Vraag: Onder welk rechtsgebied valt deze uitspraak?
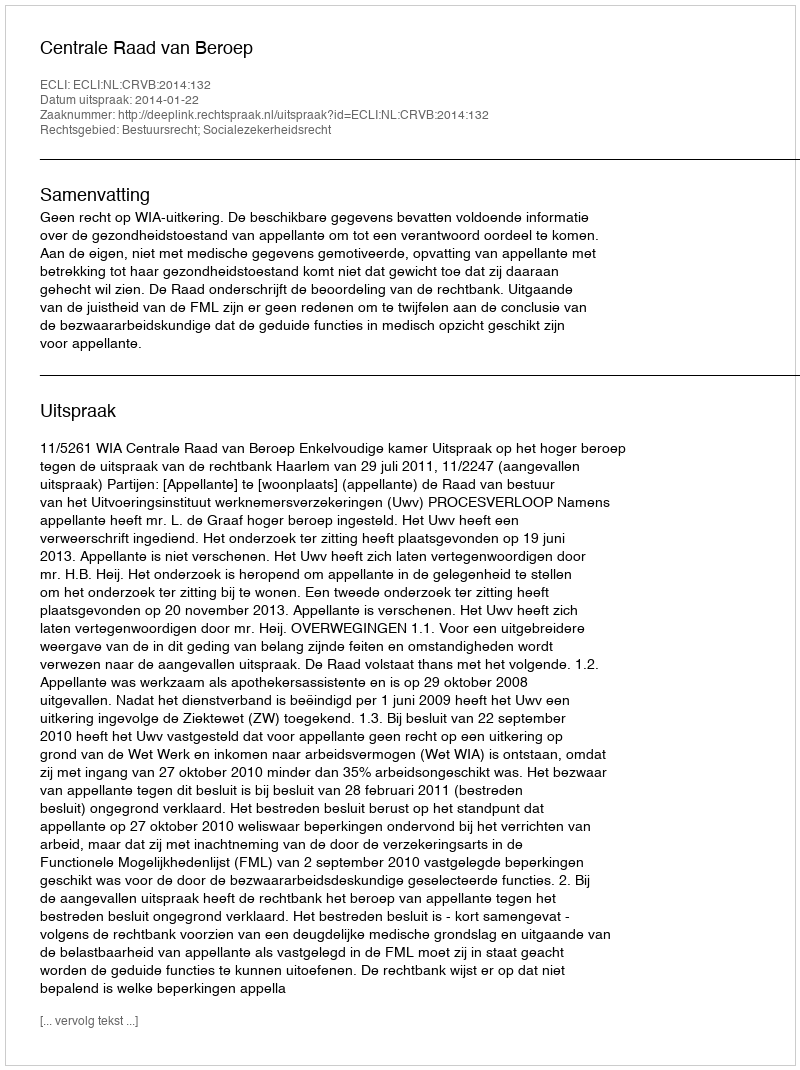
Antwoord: Bestuursrecht; Socialezekerheidsrecht